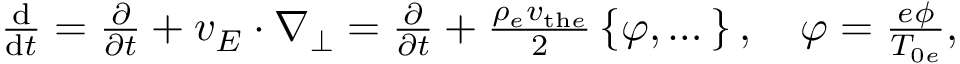
\begin{array} { r } { \frac { \mathrm { d } } { \mathrm { d } t } = \frac { \partial } { \partial t } + { \boldsymbol { v } } _ { E } \cdot { \boldsymbol { \nabla } } _ { \perp } = \frac { \partial } { \partial t } + \frac { \rho _ { e } v _ { \mathrm { t h } e } } { 2 } \left\{ \varphi , \dots \right\} , \quad \varphi = \frac { e \phi } { T _ { 0 e } } , } \end{array}